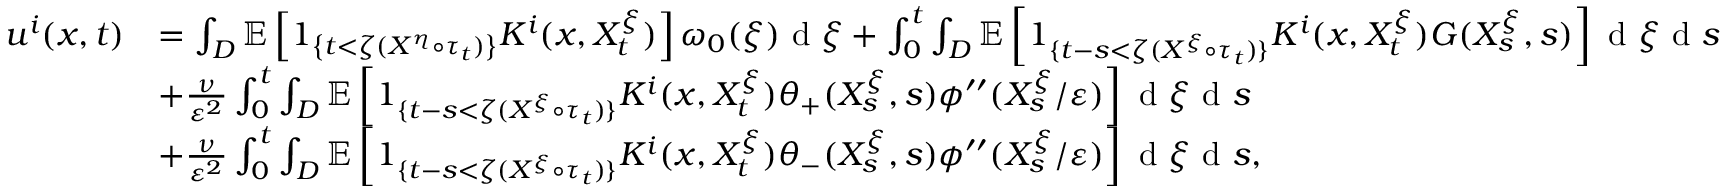
\begin{array} { r l } { u ^ { i } ( x , t ) } & { = \int _ { D } \mathbb { E } \left[ 1 _ { \left\{ t < \zeta ( X ^ { \eta } \circ \tau _ { t } ) \right\} } K ^ { i } ( x , X _ { t } ^ { \xi } ) \right] \omega _ { 0 } ( \xi ) \textrm { d } \xi + \int _ { 0 } ^ { t } \int _ { D } \mathbb { E } \left[ 1 _ { \{ t - s < \zeta ( X ^ { \xi } \circ \tau _ { t } ) \} } K ^ { i } ( x , X _ { t } ^ { \xi } ) G ( X _ { s } ^ { \xi } , s ) \right] \textrm { d } \xi \textrm { d } s } \\ & { + \frac { \nu } { \varepsilon ^ { 2 } } \int _ { 0 } ^ { t } \int _ { D } \mathbb { E } \left[ 1 _ { \{ t - s < \zeta ( X ^ { \xi } \circ \tau _ { t } ) \} } K ^ { i } ( x , X _ { t } ^ { \xi } ) \theta _ { + } ( X _ { s } ^ { \xi } , s ) \phi ^ { \prime \prime } ( X _ { s } ^ { \xi } / \varepsilon ) \right] \textrm { d } \xi \textrm { d } s } \\ & { + \frac { \nu } { \varepsilon ^ { 2 } } \int _ { 0 } ^ { t } \int _ { D } \mathbb { E } \left[ 1 _ { \{ t - s < \zeta ( X ^ { \xi } \circ \tau _ { t } ) \} } K ^ { i } ( x , X _ { t } ^ { \xi } ) \theta _ { - } ( X _ { s } ^ { \xi } , s ) \phi ^ { \prime \prime } ( X _ { s } ^ { \xi } / \varepsilon ) \right] \textrm { d } \xi \textrm { d } s , } \end{array}